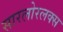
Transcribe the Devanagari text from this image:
सारलोरलक्स